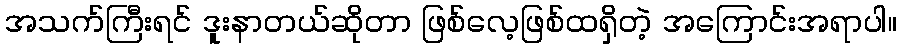
အသက်ကြီးရင် ဒူးနာတယ်ဆိုတာ ဖြစ်လေ့ဖြစ်ထရှိတဲ့ အကြောင်းအရာပါ။